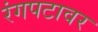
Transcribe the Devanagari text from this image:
रंगपटावर